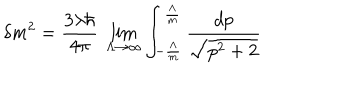
LaTeX: \delta m ^ { 2 } = \frac { 3 \lambda \hbar } { 4 \pi } ~ \lim _ { \Lambda \rightarrow \infty } \int _ { - \frac { \Lambda } { m } } ^ { \frac { \Lambda } { m } } \frac { d p } { \sqrt { p ^ { 2 } + 2 } }